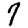
Digit: 7